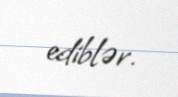
ediblər.